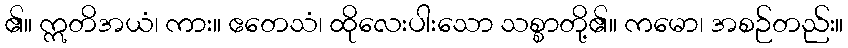
၏။ ဣတိအယံ၊ ကား။ ဧတေသံ၊ ထိုလေးပါးသော သစ္စာတို့၏။ ကမော၊ အစဉ်တည်း။